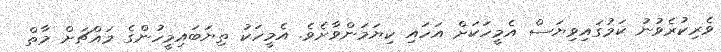
ވެރިކުރެވުނު ކަމުގައިވިޔަސް އެމީހަކަށް އަހައި ކިޔަމަންވާށެވެ. އެމީހަކު ތިޔަބައިމީހުންގެ މައްޗަށް މާތް